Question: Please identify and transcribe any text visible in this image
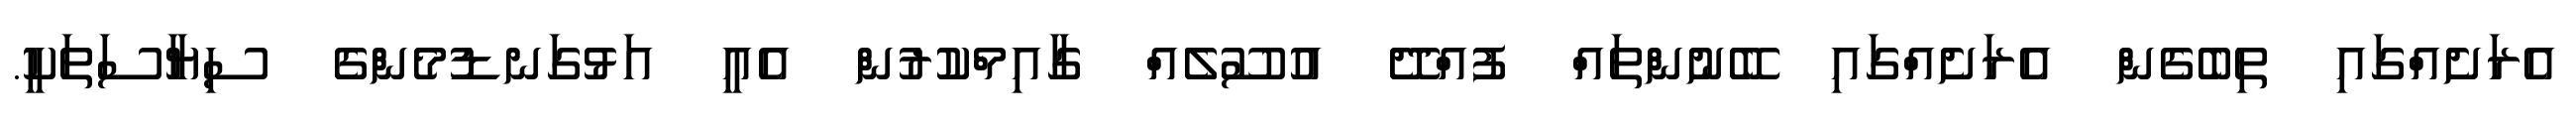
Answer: އެރަށެއްގައި ތިބެގެން އެރަށެއްގައި ބޭނުންތައް ފުއްދޭ އުސޫލެއް ގާއިމްކުރުން އެއީ އަޅުގަނޑުމެންގެ ސިޔާސަތަކީ.